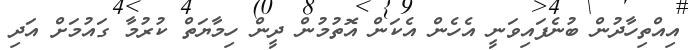
އިއްތިހާދުން ބުނެފައިވަނީ އެހެން އެކަން އޮތުމުން ދީން ހިމާޔަތް ކުރުމާ ގައުމަށް އަދި